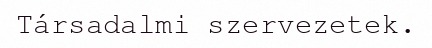
Társadalmi szervezetek.